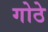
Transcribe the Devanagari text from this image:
गोठे